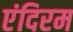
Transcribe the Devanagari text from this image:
एंदिरम